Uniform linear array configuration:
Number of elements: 64
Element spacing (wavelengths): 0.75
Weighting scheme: exponential
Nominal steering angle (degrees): -15
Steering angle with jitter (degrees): -14.276
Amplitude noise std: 0.05
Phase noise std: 0.05

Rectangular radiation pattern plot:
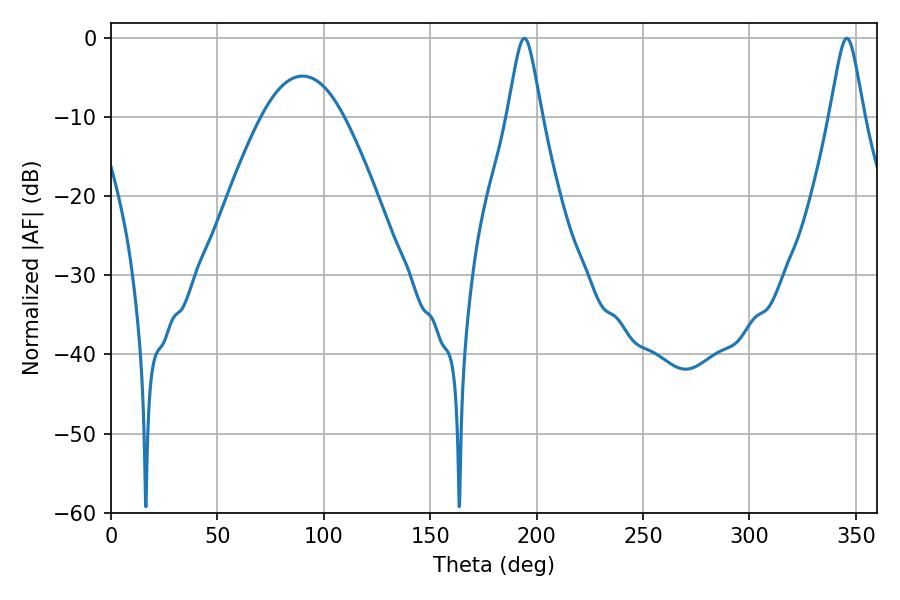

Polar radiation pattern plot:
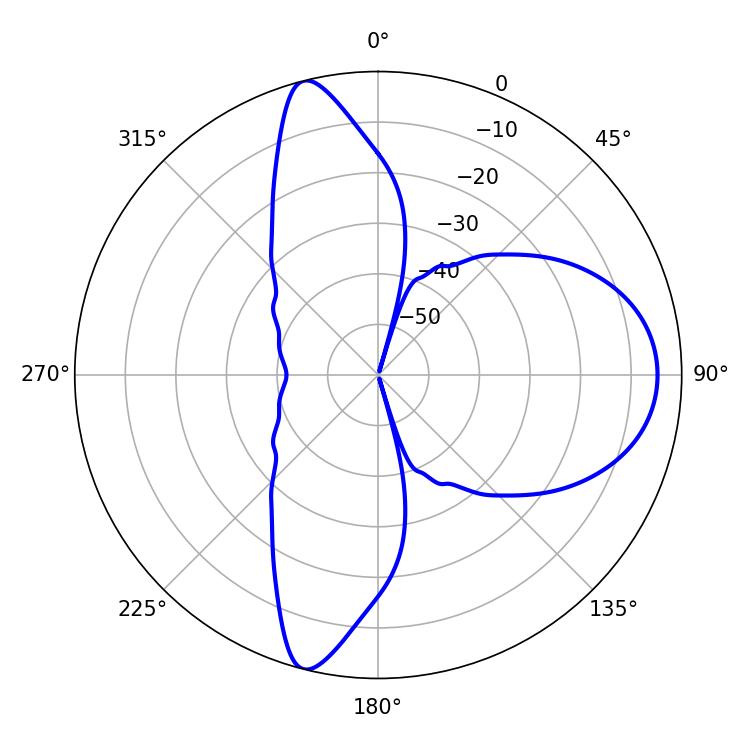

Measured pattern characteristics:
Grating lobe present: TRUE
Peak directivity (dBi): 12.932
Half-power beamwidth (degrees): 7.74
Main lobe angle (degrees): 194.22